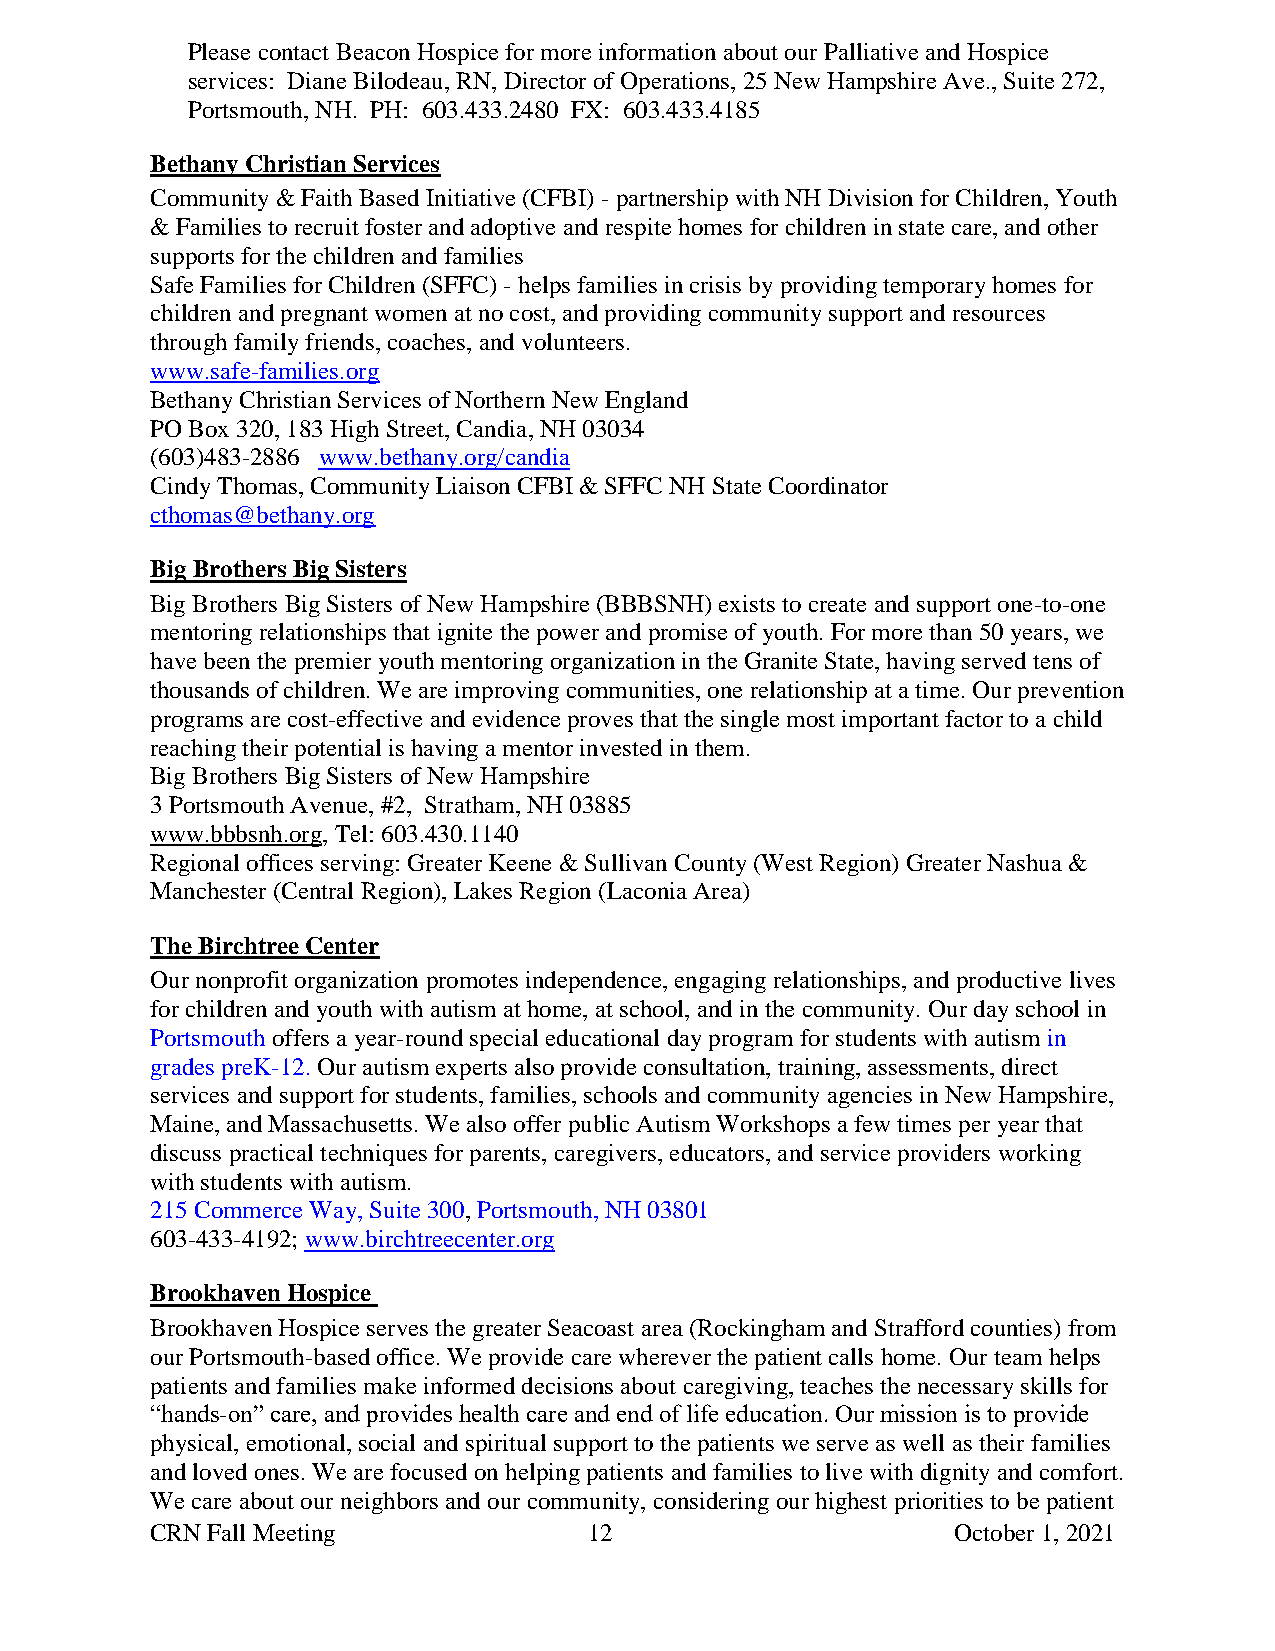
Please contact Beacon Hospice for more information about our Palliative and Hospice
 services: Diane Bilodeau, RN, Director of Operations, 25 New Hampshire Ave., Suite 272,
 Portsmouth, NH. PH: 603.433.2480 FX: 603.433.4185
 Bethany Christian Services
 Community & Faith Based Initiative (CFBI) - partnership with NH Division for Children, Youth
 & Families to recruit foster and adoptive and respite homes for children in state care, and other
 supports for the children and families
 Safe Families for Children (SFFC) - helps families in crisis by providing temporary homes for
 children and pregnant women at no cost, and providing community support and resources
 through family friends, coaches, and volunteers.
 www.safe-families.org
 Bethany Christian Services of Northern New England
 PO Box 320, 183 High Street, Candia, NH 03034
 (603)483-2886 www.bethany.org/candia
 Cindy Thomas, Community Liaison CFBI & SFFC NH State Coordinator
 cthomas@bethany.org
 Big Brothers Big Sisters
 Big Brothers Big Sisters of New Hampshire (BBBSNH) exists to create and support one-to-one
 mentoring relationships that ignite the power and promise of youth. For more than 50 years, we
 have been the premier youth mentoring organization in the Granite State, having served tens of
 thousands of children. We are improving communities, one relationship at a time. Our prevention
 programs are cost-effective and evidence proves that the single most important factor to a child
 reaching their potential is having a mentor invested in them.
 Big Brothers Big Sisters of New Hampshire
 3 Portsmouth Avenue, #2, Stratham, NH 03885
 www.bbbsnh.org, Tel: 603.430.1140
 Regional offices serving: Greater Keene & Sullivan County (West Region) Greater Nashua &
 Manchester (Central Region), Lakes Region (Laconia Area)
 The Birchtree Center
 Our nonprofit organization promotes independence, engaging relationships, and productive lives
 for children and youth with autism at home, at school, and in the community. Our day school in
 Portsmouth offers a year-round special educational day program for students with autism in
 grades preK-12. Our autism experts also provide consultation, training, assessments, direct
 services and support for students, families, schools and community agencies in New Hampshire,
 Maine, and Massachusetts. We also offer public Autism Workshops a few times per year that
 discuss practical techniques for parents, caregivers, educators, and service providers working
 with students with autism.
 215 Commerce Way, Suite 300, Portsmouth, NH 03801
 603-433-4192; www.birchtreecenter.org
 Brookhaven Hospice
 Brookhaven Hospice serves the greater Seacoast area (Rockingham and Strafford counties) from
 our Portsmouth-based office. We provide care wherever the patient calls home. Our team helps
 patients and families make informed decisions about caregiving, teaches the necessary skills for
 “hands-on” care, and provides health care and end of life education. Our mission is to provide
 physical, emotional, social and spiritual support to the patients we serve as well as their families
 and loved ones. We are focused on helping patients and families to live with dignity and comfort.
 We care about our neighbors and our community, considering our highest priorities to be patient
 CRN Fall Meeting             12                      October 1, 2021